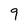
Character: 9